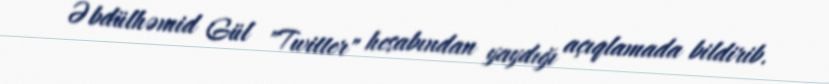
Əbdülhəmid Gül "Twitter" hesabından yaydığı açıqlamada bildirib.